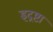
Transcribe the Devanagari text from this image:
इद्रष्टा